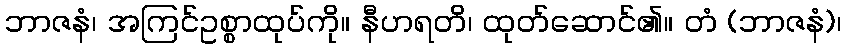
ဘာဇနံ၊ အကြင်ဥစ္စာထုပ်ကို။ နီဟရတိ၊ ထုတ်ဆောင်၏။ တံ (ဘာဇနံ)၊